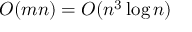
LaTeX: O ( m n ) = O ( n ^ { 3 } \log n )